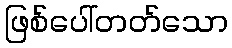
ဖြစ်ပေါ်တတ်သော